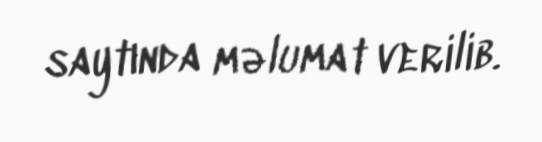
saytında məlumat verilib.